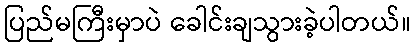
ပြည်မကြီးမှာပဲ ခေါင်းချသွားခဲ့ပါတယ်။